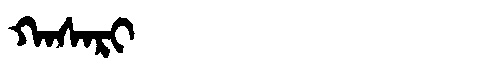
Manchu: ᡴᠠᠰᠠᡵᡳ
Romanization: KASARI